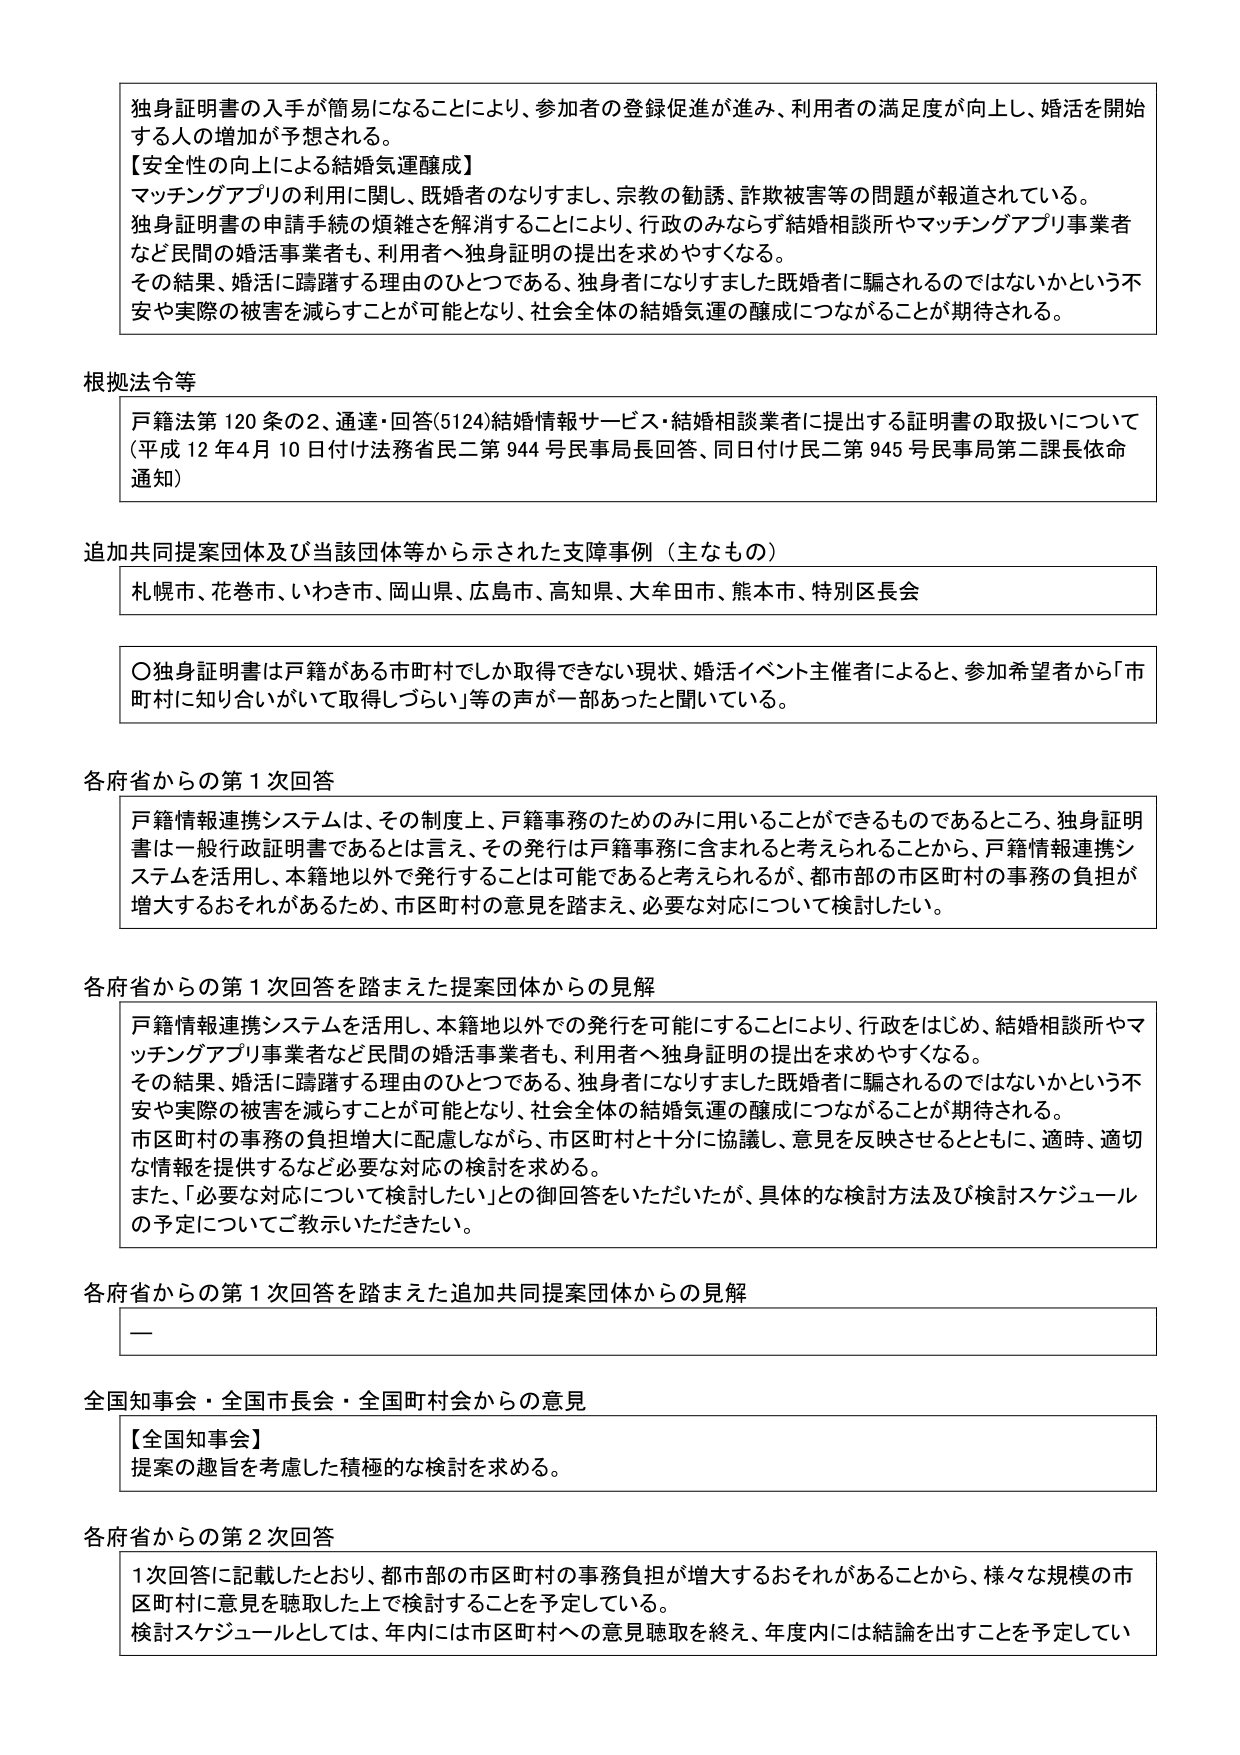
独身証明書の入手が簡易になることにより、参加者の登録促進が進み、利用者の満足度が向上し、婚活を開始する人の増加が予想される。

【安全性の向上による結婚気運醸成】
マッチングアプリの利用に関し、既婚者のなりすまし、宗教の勧誘、詐欺被害等の問題が報道されている。
独身証明書の申請手続の煩雑さを解消することにより、行政のみならず結婚相談所やマッチングアプリ事業者など民間の婚活事業者も、利用者へ独身証明の提出を求めやすくなる。
その結果、婚活に躊躇する理由のひとつである、独身者になりすました既婚者に騙されるのではないかという不安や実際の被害を減らすことが可能となり、社会全体の結婚気運の醸成につながることが期待される。

根拠法令等
戸籍法第120条の2、通達・回答(5124)結婚情報サービス・結婚相談業者に提出する証明書の取扱いについて（平成12年4月10日付け法務省民二第944号民事局長回答、同日付け民二第945号民事局第二課長依命通知）

追加共同提案団体及び当該団体等から示された支障事例（主なもの）
札幌市、花巻市、いわき市、岡山県、広島市、高知県、大牟田市、熊本市、特別区長会

〇独身証明書は戸籍がある市町村でしか取得できない現状、婚活イベント主催者によると、参加希望者から「市町村に知り合いがいて取得しづらい」等の声が一部あったと聞いている。

各府省からの第1次回答
戸籍情報連携システムは、その制度上、戸籍事務のためのみに用いることができるものであるところ、独身証明書は一般行政証明書であるとは言え、その発行は戸籍事務に含まれると考えられることから、戸籍情報連携システムを活用し、本籍地以外で発行することは可能であると考えられるが、都市部の市区町村の事務の負担が増大するおそれがあるため、市区町村の意見を踏まえ、必要な対応について検討したい。

各府省からの第1次回答を踏まえた提案団体からの見解
戸籍情報連携システムを活用し、本籍地以外での発行を可能にすることにより、行政をはじめ、結婚相談所やマッチングアプリ事業者など民間の婚活事業者も、利用者へ独身証明の提出を求めやすくなる。
その結果、婚活に躊躇する理由のひとつである、独身者になりすました既婚者に騙されるのではないかという不安や実際の被害を減らすことが可能となり、社会全体の結婚気運の醸成につながることが期待される。
市区町村の事務の負担増大に配慮しながら、市区町村と十分に協議し、意見を反映させるとともに、適時、適切な情報を提供するなど必要な対応の検討を求める。
また、「必要な対応について検討したい」との御回答をいただいたが、具体的な検討方法及び検討スケジュールの予定についてご教示いただきたい。

各府省からの第1次回答を踏まえた追加共同提案団体からの見解
—

全国知事会・全国市長会・全国町村会からの意見
【全国知事会】
提案の趣旨を考慮した積極的な検討を求める。

各府省からの第2次回答
1次回答に記載したとおり、都市部の市区町村の事務負担が増大するおそれがあることから、様々な規模の市区町村に意見を聴取した上で検討することを予定している。
検討スケジュールとしては、年内には市区町村への意見聴取を終え、年度内には結論を出すことを予定してい